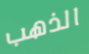
الذهب